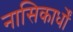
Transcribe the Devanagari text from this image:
नासिकार्धों